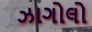
ઝાગોલો